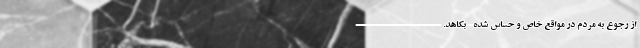
از رجوع به مردم در مواقع خاص و حساس شده- بکاهد. -----------------